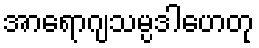
အာရောဂျသမ္ပဒါဟေတု